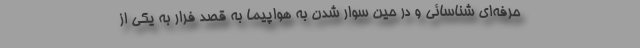
حرفه‌ای شناسائی و در حین سوار شدن به هواپیما به قصد فرار به یکی از